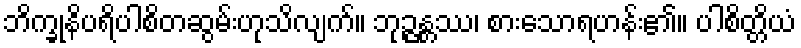
ဘိက္ခုနိပရိပါစိတဆွမ်းဟုသိလျက်။ ဘုဉ္ဇန္တဿ၊ စားသောရဟန်း၏။ ပါစိတ္တိယံ